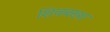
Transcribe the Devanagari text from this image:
शिवबख्श